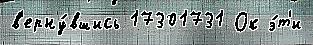
в'ерну́вшись 17301731 Ок э́т'и